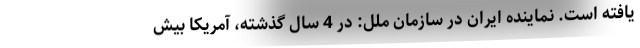
یافته است. نماینده ایران در سازمان ملل: در 4 سال گذشته، آمریکا بیش